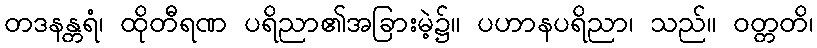
တဒနန္တရံ၊ ထိုတီရဏ ပရိညာ၏အခြားမဲ့၌။ ပဟာနပရိညာ၊ သည်။ ဝတ္တတိ၊